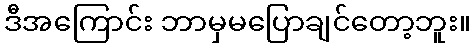
ဒီအကြောင်း ဘာမှမပြောချင်တော့ဘူး။